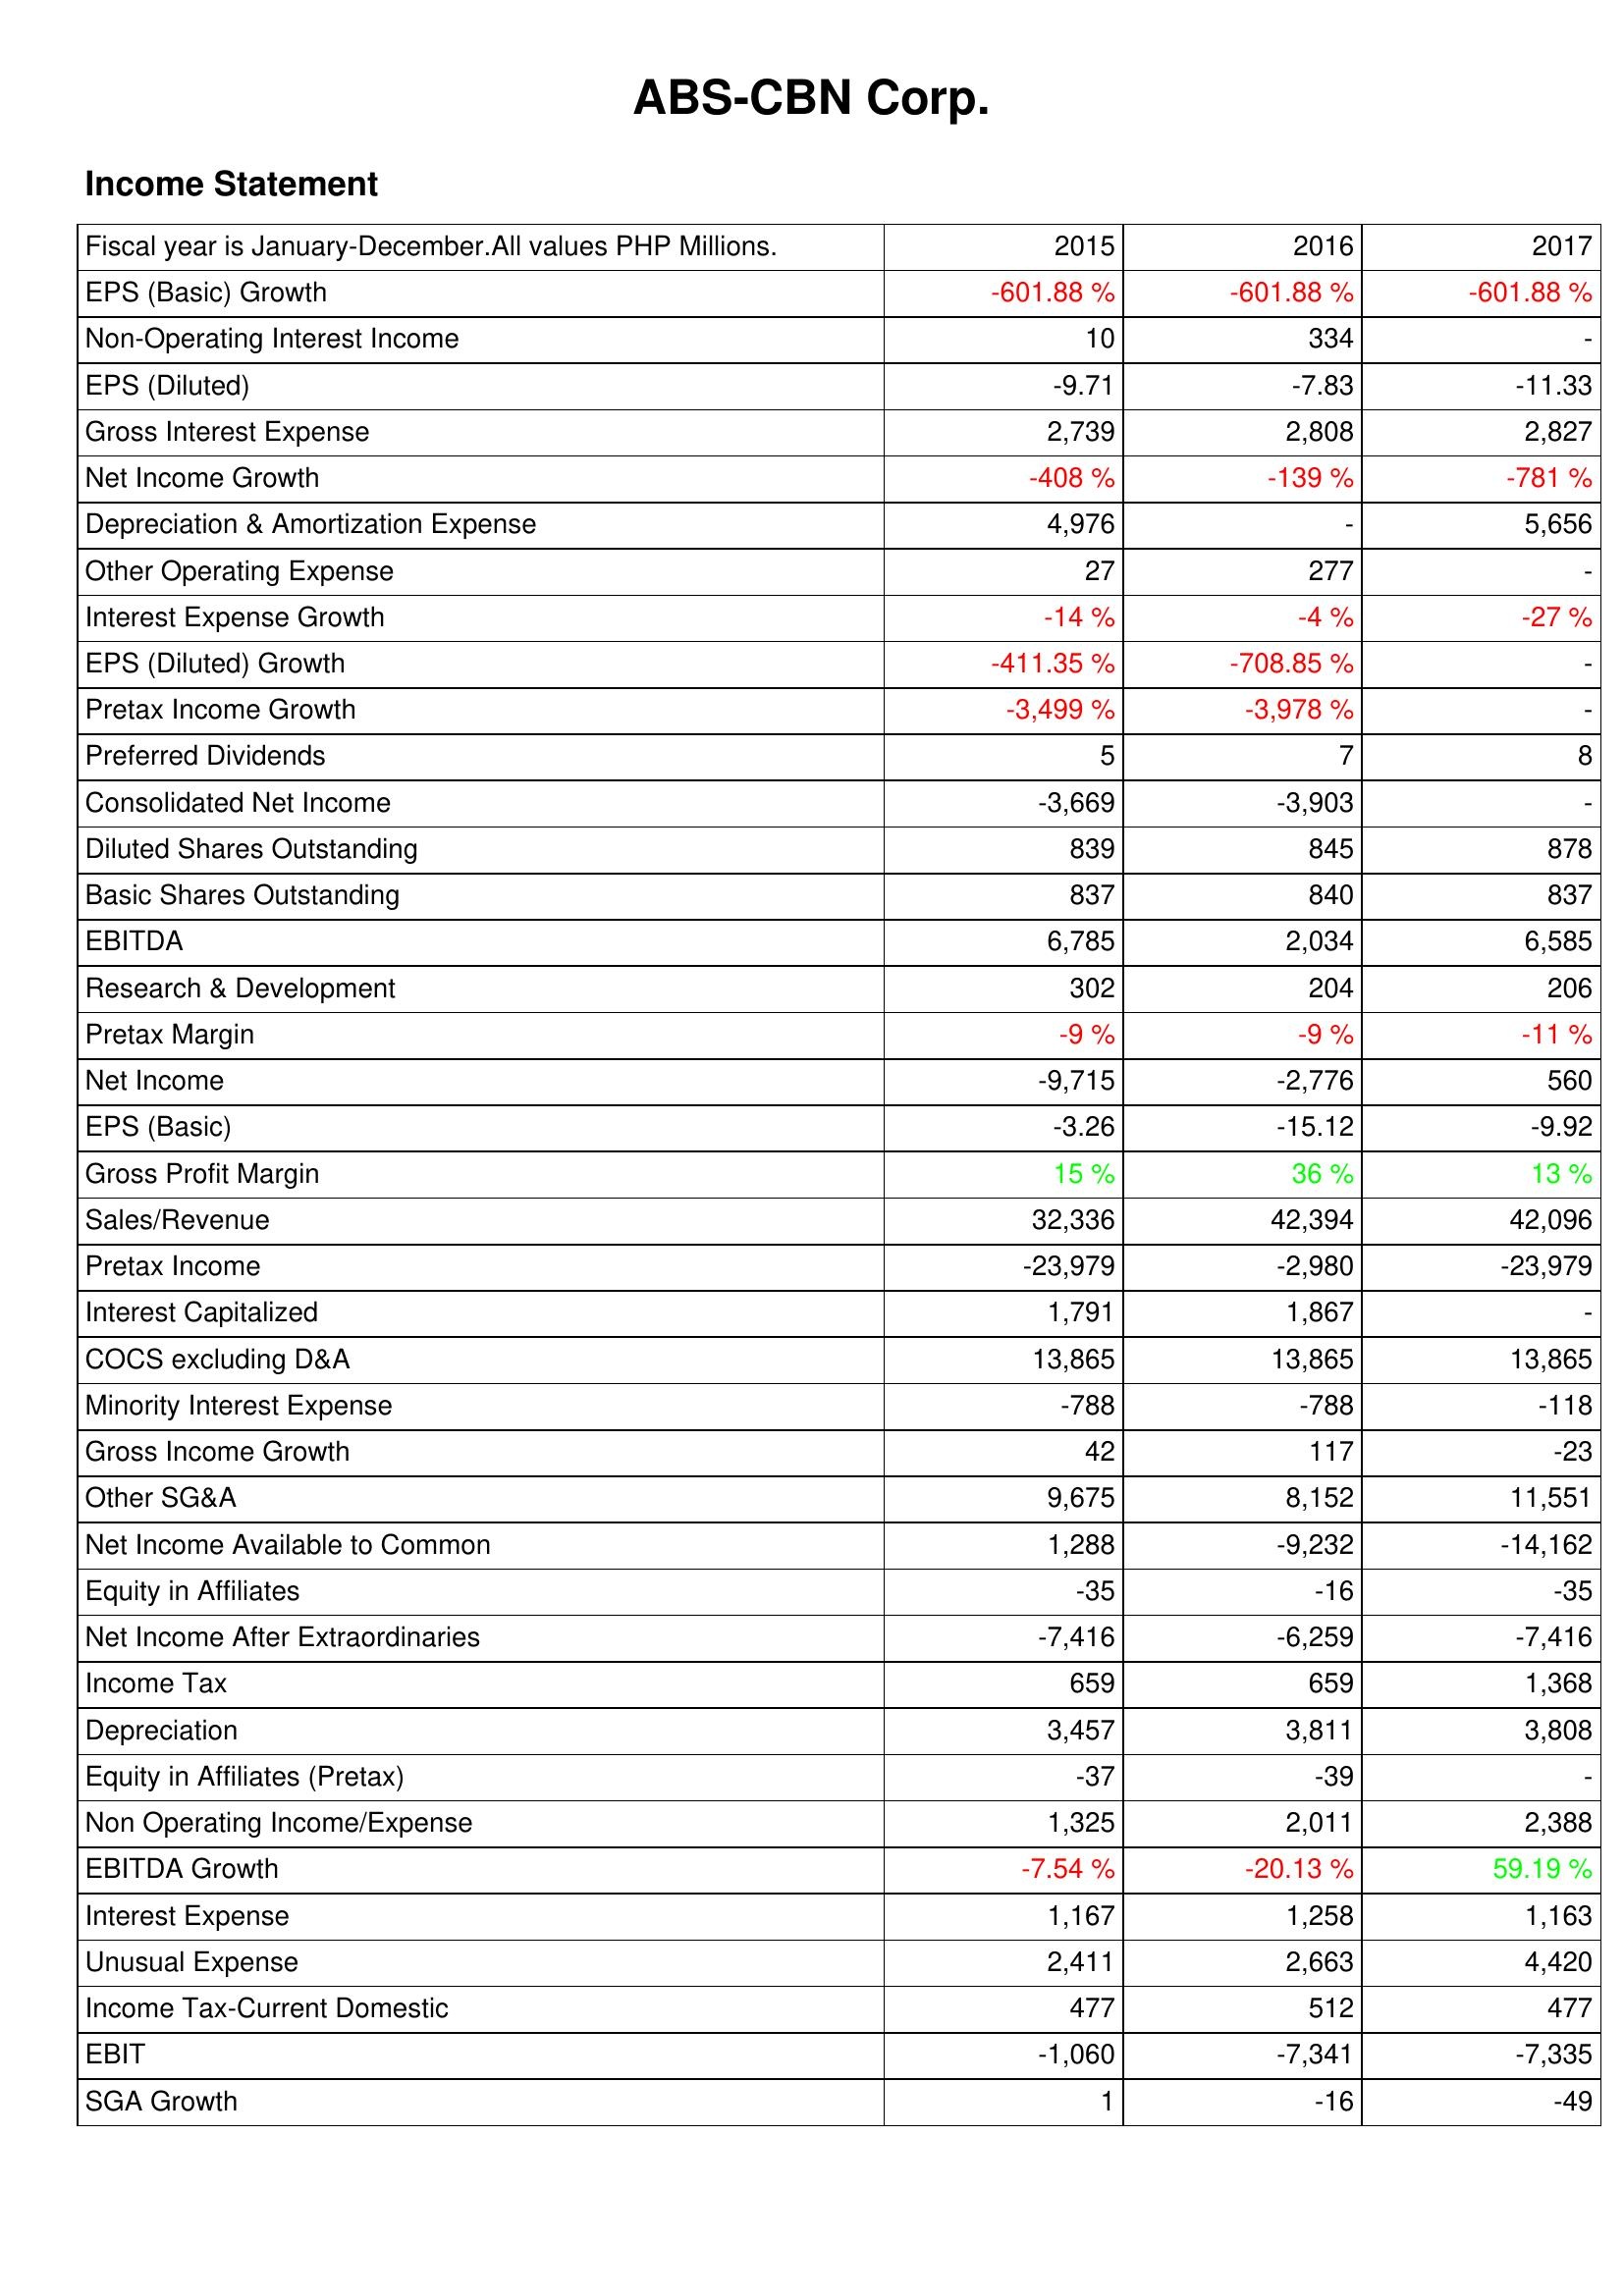
2015: Income Statement: EPS (Basic) Growth: -601.88 %
Non-Operating Interest Income: 10
EPS (Diluted): -9.71
Gross Interest Expense: 2,739
Net Income Growth: -408 %
Depreciation & Amortization Expense: 4,976
Other Operating Expense: 27
Interest Expense Growth: -14 %
EPS (Diluted) Growth: -411.35 %
Pretax Income Growth: -3,499 %
Preferred Dividends: 5
Consolidated Net Income: -3,669
Diluted Shares Outstanding: 839
Basic Shares Outstanding: 837
EBITDA: 6,785
Research & Development: 302
Pretax Margin: -9 %
Net Income: -9,715
EPS (Basic): -3.26
Gross Profit Margin: 15 %
Sales/Revenue: 32,336
Pretax Income: -23,979
Interest Capitalized: 1,791
COCS excluding D&A: 13,865
Minority Interest Expense: -788
Gross Income Growth: 42
Other SG&A: 9,675
Net Income Available to Common: 1,288
Equity in Affiliates: -35
Net Income After Extraordinaries: -7,416
Income Tax: 659
Depreciation: 3,457
Equity in Affiliates (Pretax): -37
Non Operating Income/Expense: 1,325
EBITDA Growth: -7.54 %
Interest Expense: 1,167
Unusual Expense: 2,411
Income Tax-Current Domestic: 477
EBIT: -1,060
SGA Growth: 1
2016: Income Statement: EPS (Basic) Growth: -601.88 %
Non-Operating Interest Income: 334
EPS (Diluted): -7.83
Gross Interest Expense: 2,808
Net Income Growth: -139 %
Depreciation & Amortization Expense: -
Other Operating Expense: 277
Interest Expense Growth: -4 %
EPS (Diluted) Growth: -708.85 %
Pretax Income Growth: -3,978 %
Preferred Dividends: 7
Consolidated Net Income: -3,903
Diluted Shares Outstanding: 845
Basic Shares Outstanding: 840
EBITDA: 2,034
Research & Development: 204
Pretax Margin: -9 %
Net Income: -2,776
EPS (Basic): -15.12
Gross Profit Margin: 36 %
Sales/Revenue: 42,394
Pretax Income: -2,980
Interest Capitalized: 1,867
COCS excluding D&A: 13,865
Minority Interest Expense: -788
Gross Income Growth: 117
Other SG&A: 8,152
Net Income Available to Common: -9,232
Equity in Affiliates: -16
Net Income After Extraordinaries: -6,259
Income Tax: 659
Depreciation: 3,811
Equity in Affiliates (Pretax): -39
Non Operating Income/Expense: 2,011
EBITDA Growth: -20.13 %
Interest Expense: 1,258
Unusual Expense: 2,663
Income Tax-Current Domestic: 512
EBIT: -7,341
SGA Growth: -16
2017: Income Statement: EPS (Basic) Growth: -601.88 %
Non-Operating Interest Income: -
EPS (Diluted): -11.33
Gross Interest Expense: 2,827
Net Income Growth: -781 %
Depreciation & Amortization Expense: 5,656
Other Operating Expense: -
Interest Expense Growth: -27 %
EPS (Diluted) Growth: -
Pretax Income Growth: -
Preferred Dividends: 8
Consolidated Net Income: -
Diluted Shares Outstanding: 878
Basic Shares Outstanding: 837
EBITDA: 6,585
Research & Development: 206
Pretax Margin: -11 %
Net Income: 560
EPS (Basic): -9.92
Gross Profit Margin: 13 %
Sales/Revenue: 42,096
Pretax Income: -23,979
Interest Capitalized: -
COCS excluding D&A: 13,865
Minority Interest Expense: -118
Gross Income Growth: -23
Other SG&A: 11,551
Net Income Available to Common: -14,162
Equity in Affiliates: -35
Net Income After Extraordinaries: -7,416
Income Tax: 1,368
Depreciation: 3,808
Equity in Affiliates (Pretax): -
Non Operating Income/Expense: 2,388
EBITDA Growth: 59.19 %
Interest Expense: 1,163
Unusual Expense: 4,420
Income Tax-Current Domestic: 477
EBIT: -7,335
SGA Growth: -49